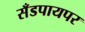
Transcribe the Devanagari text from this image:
सँडपायपर